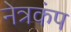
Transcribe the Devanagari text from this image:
नेत्रकंप